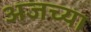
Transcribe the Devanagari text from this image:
अजच्या